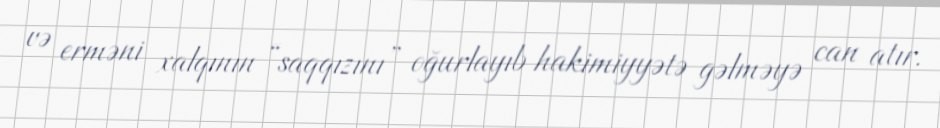
və erməni xalqının “saqqızını” oğurlayıb hakimiyyətə gəlməyə can atır.